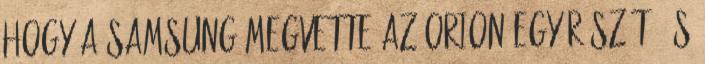
hogy a SAMSUNG megvette az Orion egy részét, és